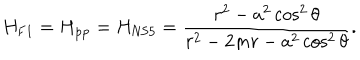
LaTeX: H _ { \mathrm { F 1 } } = H _ { \mathrm { p p } } = H _ { \mathrm { N S 5 } } = { \frac { r ^ { 2 } - a ^ { 2 } \cos ^ { 2 } \theta } { r ^ { 2 } - 2 m r - a ^ { 2 } \cos ^ { 2 } \theta } } .